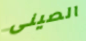
الصينى